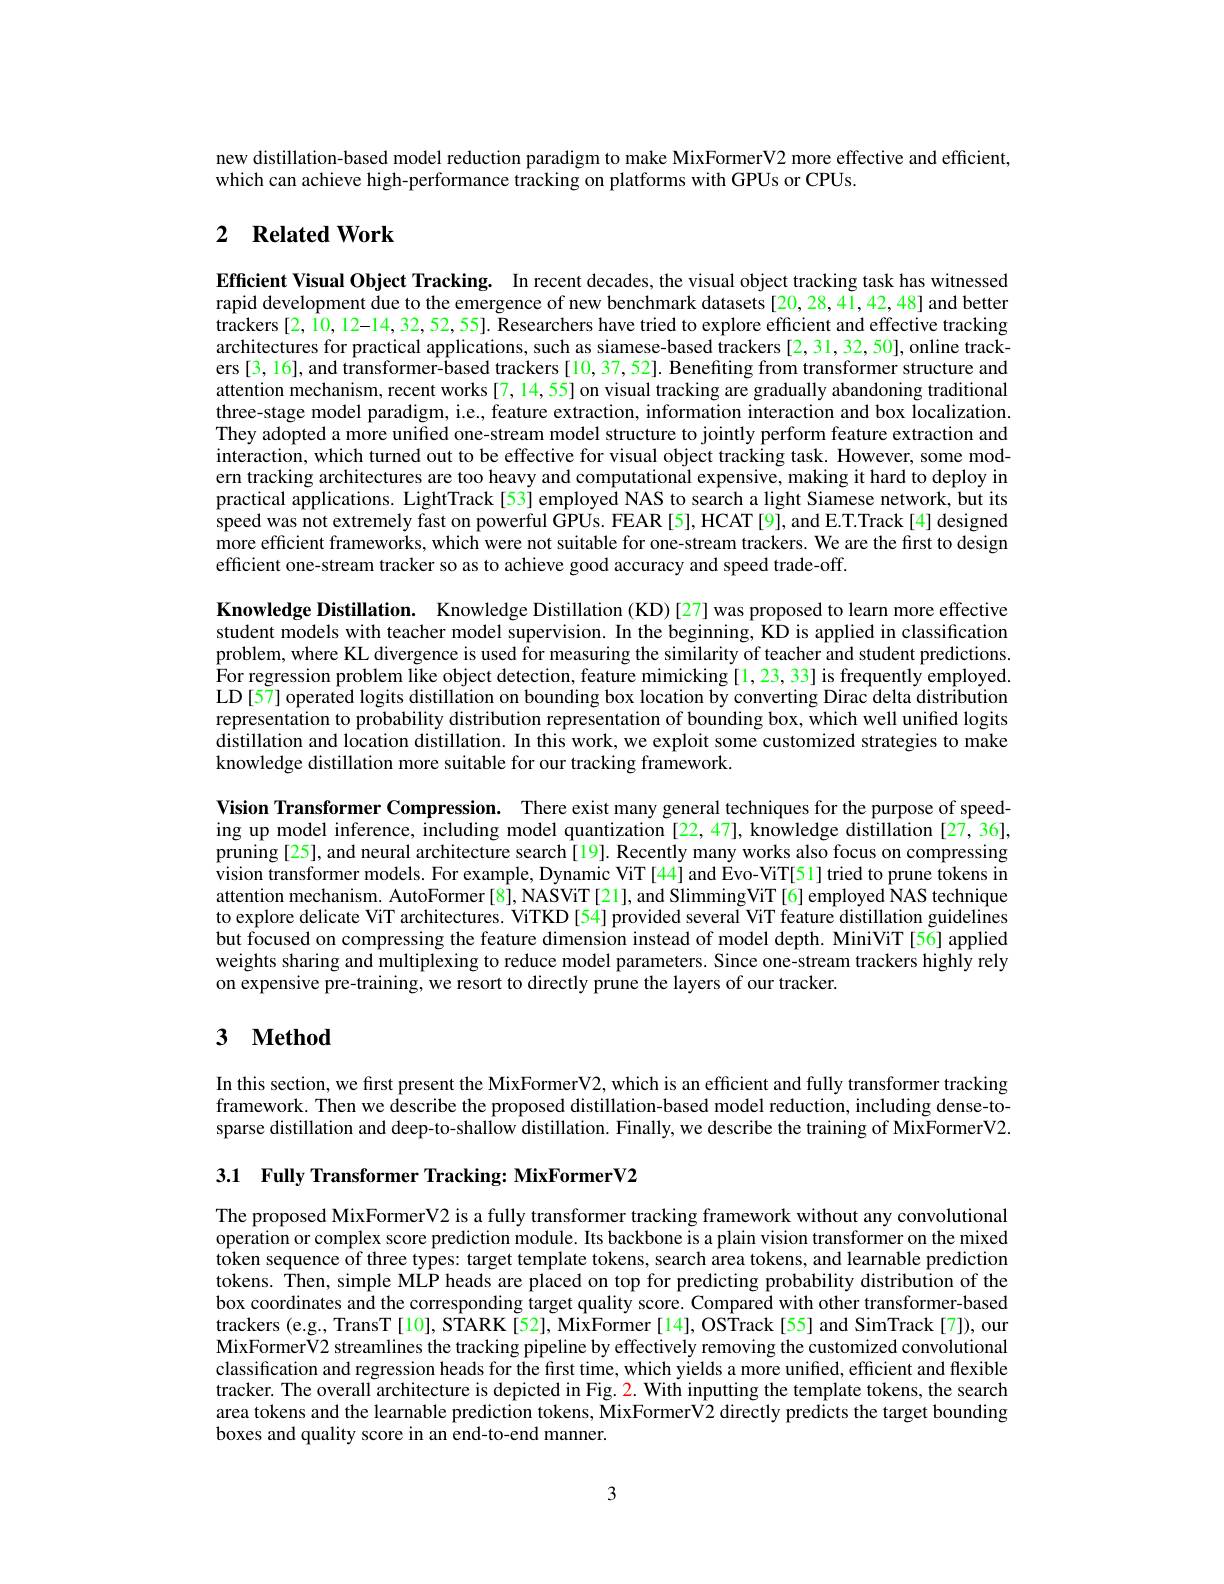
new distillation-based model reduction paradigm to make MixFormerV2 more effective and efficient,
which can achieve high-performance tracking on platforms with GPUs or CPUs.

## 2 $\textbf{Related Work}$

Efficient Visual Object Tracking. In recent decades, the visual object tracking task has witnessed rapid development due to the emergence of new benchmark datasets [20,28,41,42,48] and better trackers[2,10,12-14,32,52,55]. Researchers have tried to explore efficient and effective tracking architectures for practical applications, such as siamese-based trackers[2,31,32,50], online trackers [3, 16], and transformer-based trackers [10, 37,52]. Benefiting from transformer structure and attention mechanism, recent works[7,14,55] on visual tracking are gradually abandoning traditional three-stage model paradigm, i.e., feature extraction, information interaction and box localization. They adopted a more unified one-stream model structure to jointly perform feature extraction and interaction, which turned out to be effective for visual object tracking task. However, some modern tracking architectures are too heavy and computational expensive, making it hard to deploy in practical applications. LightTrack[53] employed NAS to search a light Siamese network, but its speed was not extremely fast on powerful GPUs. FEAR [5], HCAT[9], and E.T.Track[4] designed more efficient frameworks, which were not suitable for one-stream trackers. We are the first to design efficient one-stream tracker so as to achieve good accuracy and speed trade-off.

Knowledge Distillation. Knowledge Distillation (KD)[27] was proposed to learn more effective student models with teacher model supervision. In the beginning, KD is applied in classification problem, where KL divergence is used for measuring the similarity of teacher and student predictions For regression problem like object detection, feature mimicking[1,23,33] is frequently employed LD[57] operated logits distillation on bounding box location by converting Dirac delta distribution representation to probability distribution representation of bounding box, which well unified logits $\tilde{\text{distillation and location distillation. In this work, we exploit some customized strategies to make}}$ knowledge distillation more suitable for our tracking framework.

Vision Transformer Compression. There exist many general techniques for the purpose of speeding up model inference, including model quantization [22,47], knowledge distillation [27,36], pruning[25], and neural architecture search[19]. Recently many works also focus on compressing vision transformer models. For example, Dynamic ViT[44] and Evo-ViT[51] tried to prune tokens in attention mechanism. AutoFormer[8], NASViT[21], and SlimmingViT[6] employed NAS technique to explore delicate ViT architectures. ViTKD [54] provided several ViT feature distillation guidelines but focused on compressing the feature dimension instead of model depth. MiniViT[56] applied weights sharing and multiplexing to reduce model parameters. Since one-stream trackers highly rely on expensive pre-training, we resort to directly prune the layers of our tracker.

# 3 $\textbf{Method}$

In this section, we first present the MixFormerV2, which is an efficient and fully transformer tracking framework. Then we describe the proposed distillation-based model reduction, including dense-tosparse distillation and deep-to-shallow distillation. Finally, we describe the training of MixFormerV2.

3.1 Fully Transformer Tracking: MixFormerV2

The proposed MixFormerV2 is a fully transformer tracking framework without any convolutional operation or complex score prediction module. Its backbone is a plain vision transformer on the mixed token sequence of three types: target template tokens, search area tokens, and learnable prediction tokens. Then, simple MLP heads are placed on top for predicting probability distribution of the box coordinates and the corresponding target quality score. Compared with other transformer-based trackers (e.g., TransT [10], STARK [52], MixFormer [14], OSTrack [55] and SimTrack [7]), our MixFormerV2 streamlines the tracking pipeline by effectively removing the customized convolutional classification and regression heads for the first time, which yields a more unified, efficient and ffexible tracker. The overall architecture is depicted in Fig. 2. With inputting the template tokens, the search area tokens and the learnable prediction tokens, MixFormerV2 directly predicts the target bounding boxes and quality score in an end-to-end manner.

3